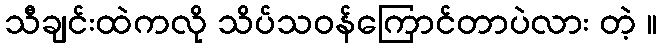
သီချင်းထဲကလို သိပ်သဝန်ကြောင်တာပဲလား တဲ့ ။